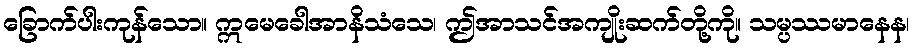
ခြောက်ပါးကုန်သော။ ဣမေခေါအာနိသံသေ၊ ဤအာသင်အကျိုးဆက်တို့ကို။ သမ္ပဿမာနေန၊